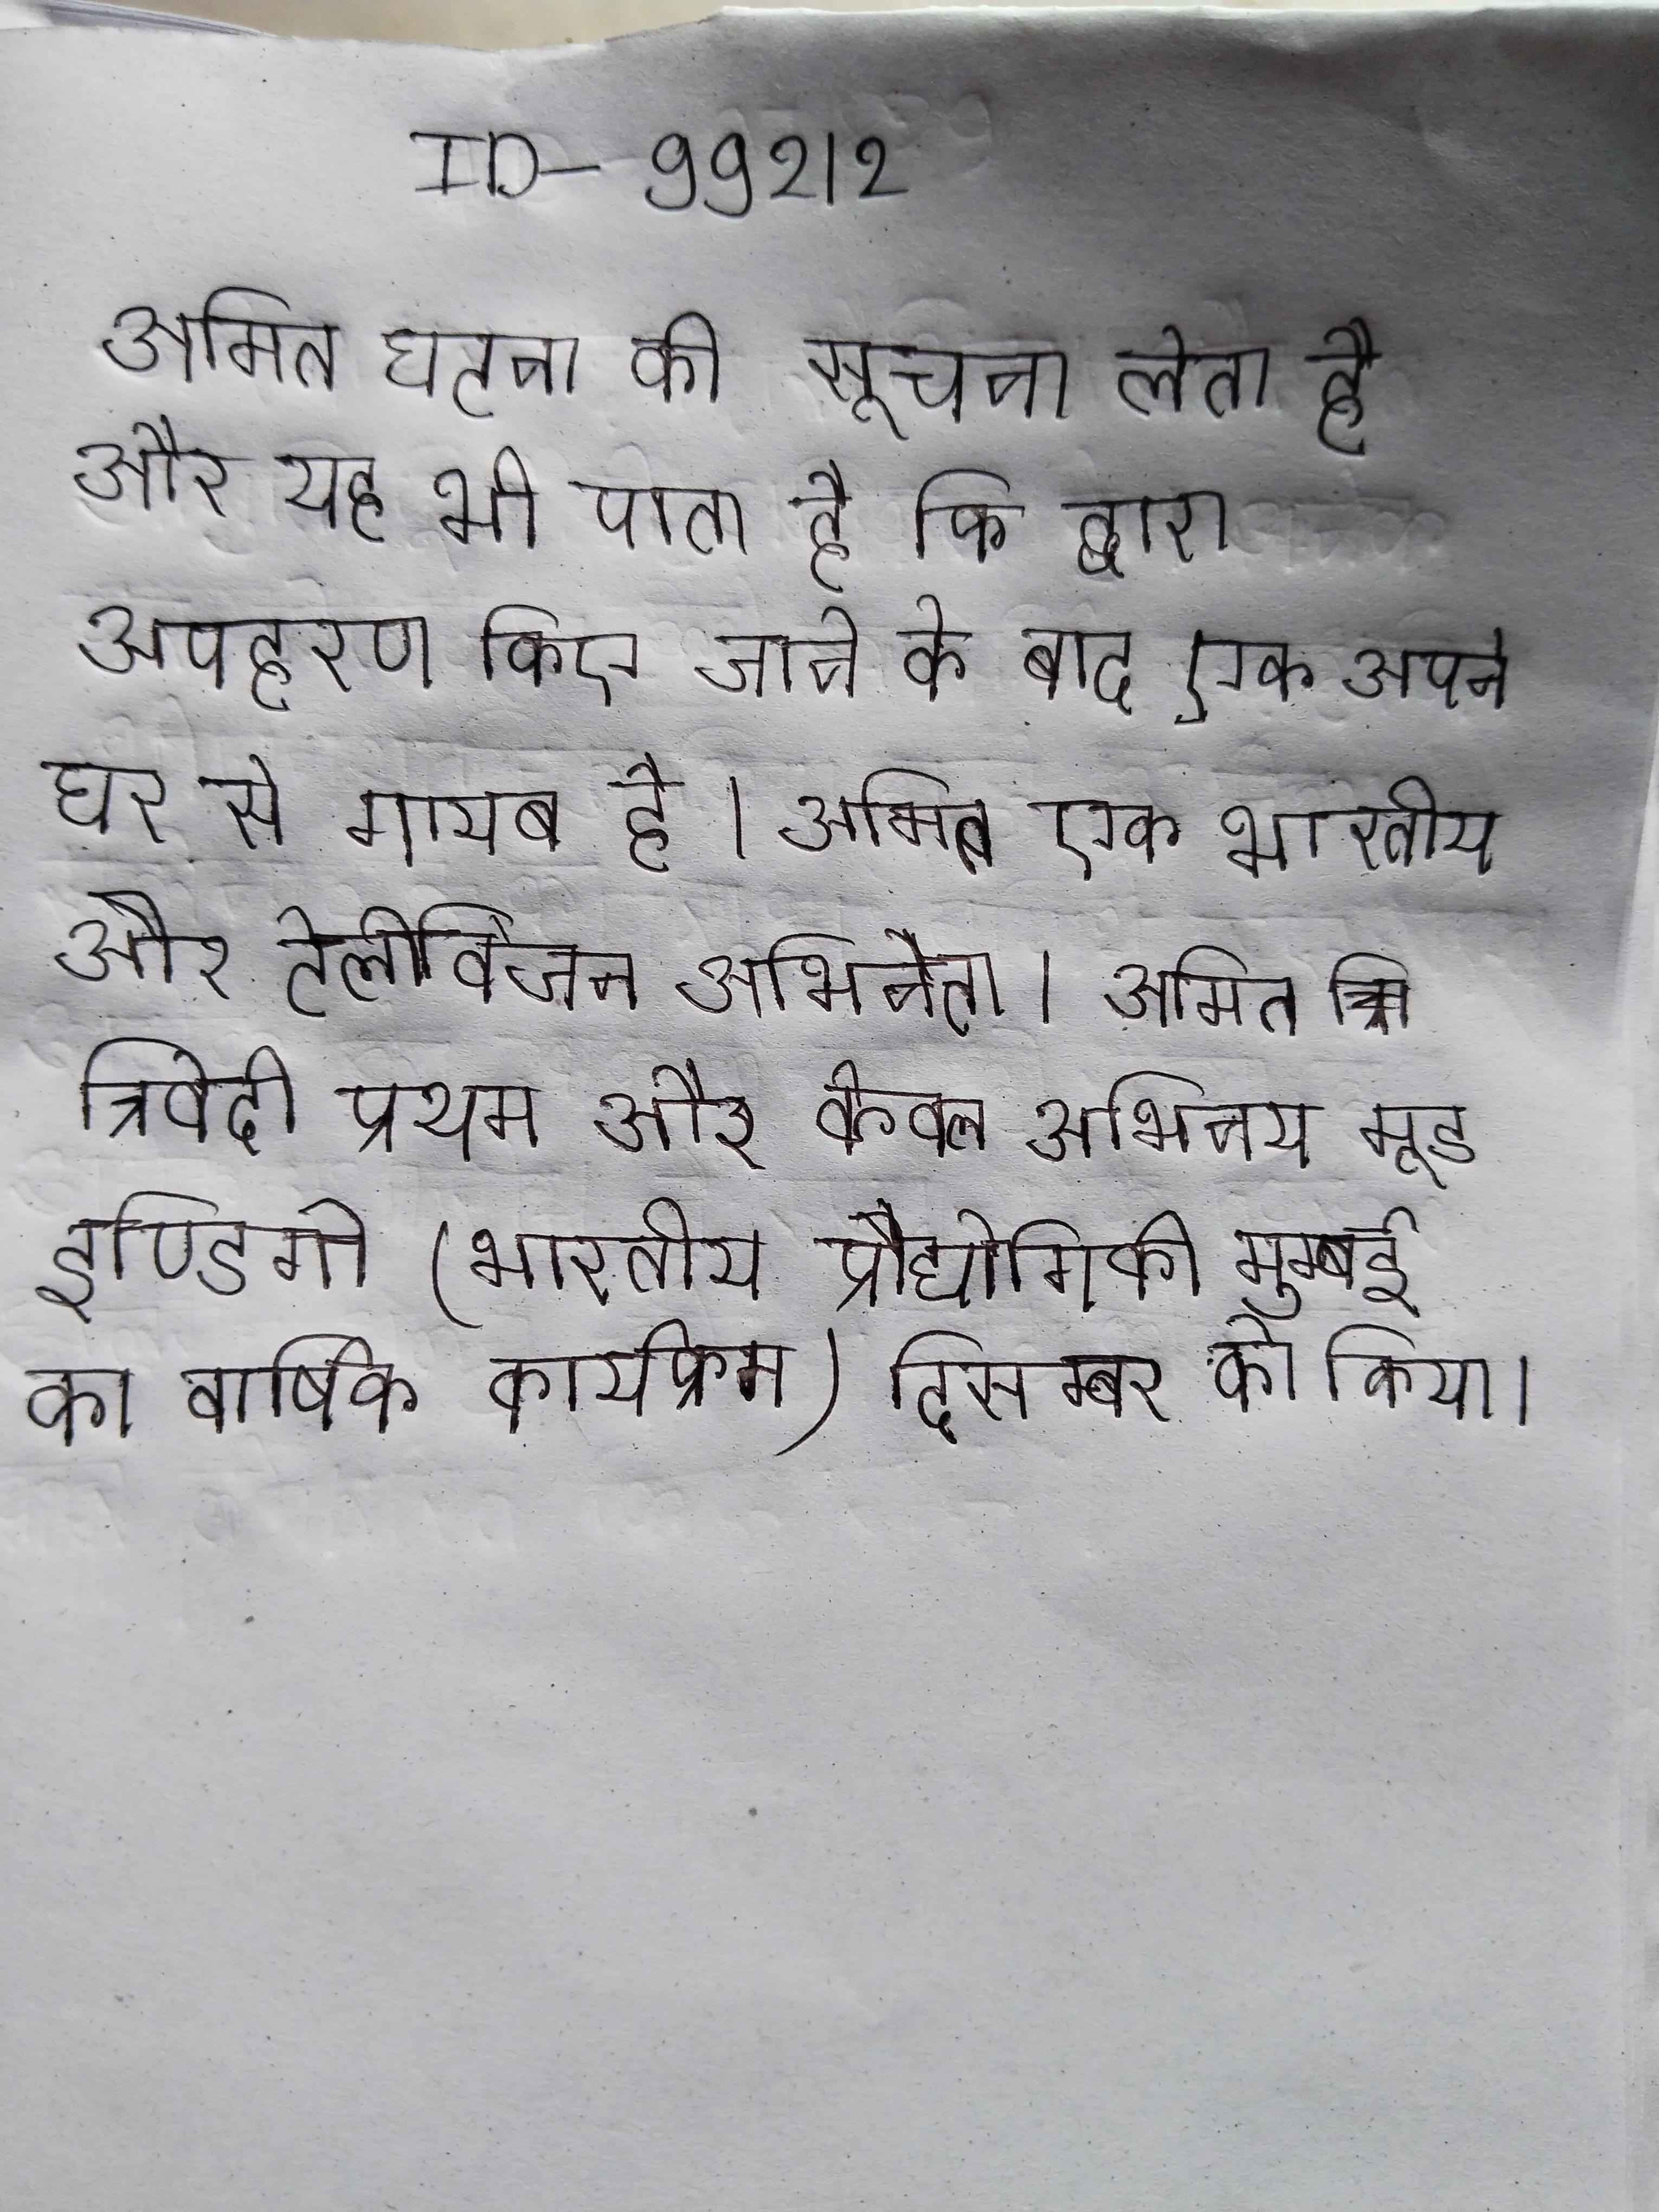
अमित घटना की सूचना लेता है और यह भी पाता है कि द्वारा अपहरण किए जाने के बाद एक अपने घर से गायब है । अमित एक भारतीय और टेलीविजन अभिनेता । अमित त्रिवेदी प्रथम और केवल अभिनय मूड इण्डिगो (भारतीय प्रौद्योगिकी मुम्बई का वार्षिक कार्यक्रम) दिसम्बर को किया ।